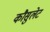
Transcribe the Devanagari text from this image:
कौसुलेट